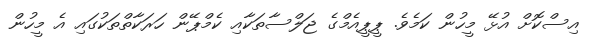
އިސްކޮށް އުޅޭ މީހުން ކަމެވެ. ޕީޕީއެމްގެ ޖަލްސާތަކާއި ކެމްޕޭން ހަރަކާތްތަކުގައި އެ މީހުން